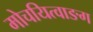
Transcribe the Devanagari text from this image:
मोचयित्वाङग